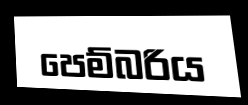
පෙම්බරිය